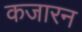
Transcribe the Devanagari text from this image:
कजारन